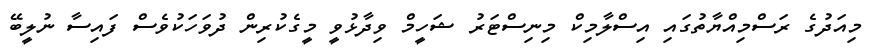
މިއަދުގެ ރަސްމިއްޔާތުގައި އިސްލާމިކް މިނިސްޓަރު ޝަހީމް ވިދާޅުވީ މީގެކުރިން ދުވަހަކުވެސް ފައިސާ ނުލީބޭ